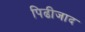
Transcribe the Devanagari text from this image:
पिढीजाद